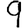
Digit: 9